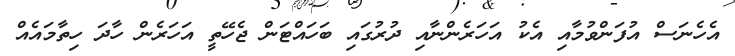
އެހެނަސް އުފަންވުމާއި އެކު އަހަރެންނާއި ދުރުގައި ބަހައްޓަން ޖެހޭތީ އަހަރެން ހާދަ ހިތާމައެއް